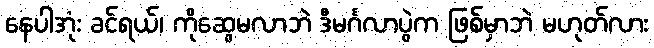
နေပါအုံး ခင်ရယ်၊ ကိုဆွေမလာဘဲ ဒီမင်္ဂလာပွဲက ဖြစ်မှာဘဲ မဟုတ်လား